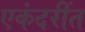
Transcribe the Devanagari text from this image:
एकंदरींत